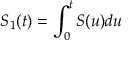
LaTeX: S _ { 1 } ( t ) = \int _ { 0 } ^ { t } S ( u ) d u